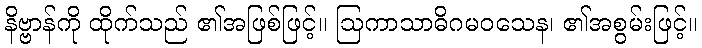
နိဗ္ဗာန်ကို ထိုက်သည် ၏အဖြစ်ဖြင့်။ ဩကာသာဓိဂမဝသေန၊ ၏အစွမ်းဖြင့်။